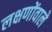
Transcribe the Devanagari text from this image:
लक्षणोंवाले